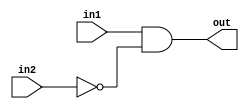
module top_module (
    input in1,
    input in2,
    output out);

    assign out = in1 & (~in2);

    /*
        Second Way:
        and(out, in1, ~in2);
    */

endmodule